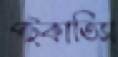
পট্‌কাতিস